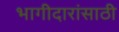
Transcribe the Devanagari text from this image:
भागीदारांसाठी